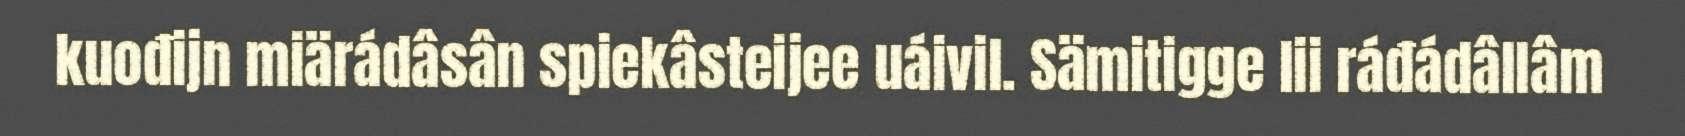
kuođijn miärádâsân spiekâsteijee uáivil. Sämitigge lii ráđádâllâm